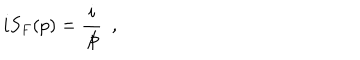
i S _ { F } ( p ) = \frac { i } { \not { \hspace { - 0 . 5 m m } p } } \ \ ,